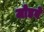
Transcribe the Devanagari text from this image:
जोडवे